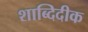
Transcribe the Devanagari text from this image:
शाब्दिदीक